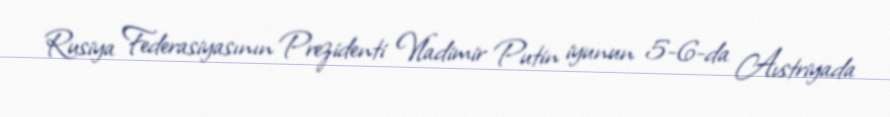
Rusiya Federasiyasının Prezidenti Vladimir Putin iyunun 5-6-da Avstriyada